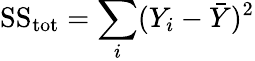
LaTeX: {\mathrm{SS}}_{\mathrm{tot}}=\sum_{i}(Y_{i}-{\bar{Y}})^{2}